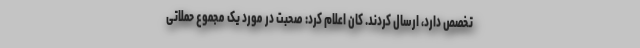
تخصص دارد، ارسال کردند. کان اعلام کرد: صحبت در مورد یک مجموع حملاتی